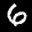
Label: 6